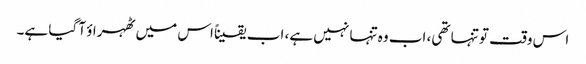
اس وقت تو تنہا تھی، اب وہ تنہا نہیں ہے، اب یقیناً اس میں ٹھہراؤ آ گیا ہے۔